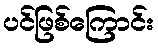
ပင်ဖြစ်ကြောင်း